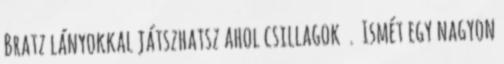
Bratz lányokkal játszhatsz ahol csillagok . Ismét egy nagyon